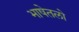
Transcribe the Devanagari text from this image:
भाषेतलो